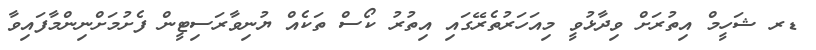
ޑރ ޝަހީމް އިތުރަށް ވިދާޅުވީ މިއަހަރުތެރޭގައި އިތުރު ކޯސް ތަކެއް ޔުނިވާރަސިޓީން ފެށުމަށްނިންމާފައިވާ